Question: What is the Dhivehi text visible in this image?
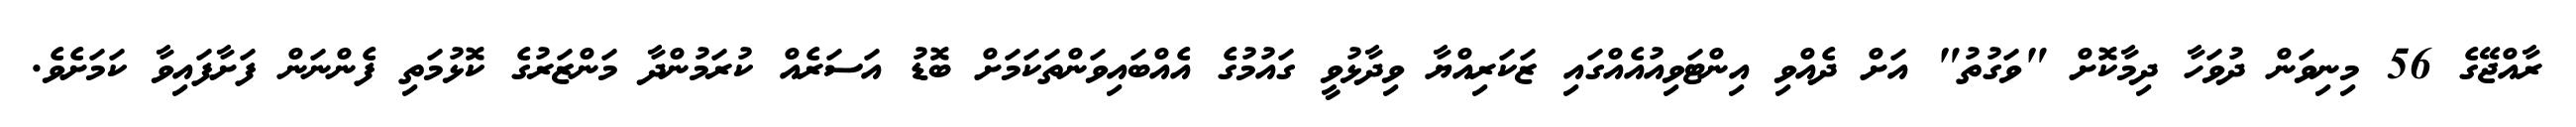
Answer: ރާއްޖޭގެ 56 މިނިވަން ދުވަހާ ދިމާކޮށް "ވަގުތު" އަށް ދެއްވި އިންޓަވިއުއެއްގައި ޒަކަރިއްޔާ ވިދާޅުވީ ގައުމުގެ އެއްބައިވަންތަކަމަށް ބޮޑު އަސަރެއް ކުރަމުންދާ މަންޒަރުގެ ކޮޅުމަތި ފެންނަން ފަށާފައިވާ ކަމަށެވެ.